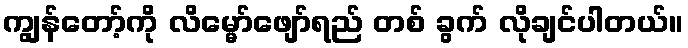
ကျွန်တော့်ကို လိမ္မော်ဖျော်ရည် တစ် ခွက် လိုချင်ပါတယ်။